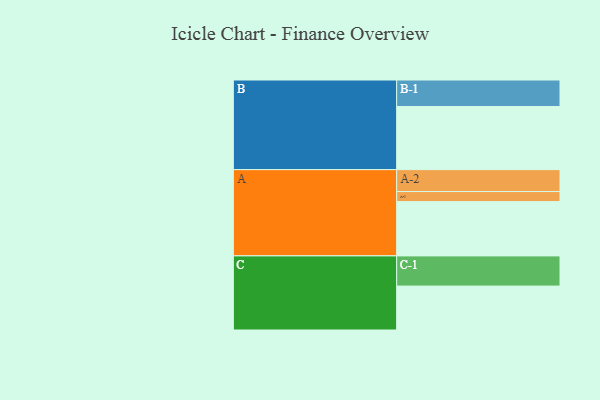
{"axis": {"x": "Segment", "y": "Value"}, "legend": ["", "A", "B", "C"], "data": [{"x": "A", "y": 486, "type": ""}, {"x": "B", "y": 565, "type": ""}, {"x": "C", "y": 393, "type": ""}, {"x": "A-1", "y": 90, "type": "A"}, {"x": "A-2", "y": 196, "type": "A"}, {"x": "B-1", "y": 237, "type": "B"}, {"x": "C-1", "y": 270, "type": "C"}]}